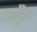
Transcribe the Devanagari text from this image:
नाँह